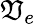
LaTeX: \mathfrak{V}_{e}